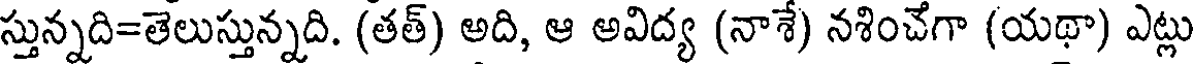
స్తున్నది=తెలుస్తున్నది. (తత్) అది, ఆ అవిద్య (నాశే) నశించేగా (యథా) ఎట్లు